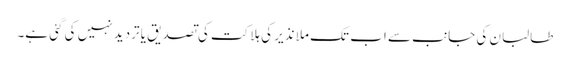
طالبان کی جانب سے اب تک ملا نذیر کی ہلاکت کی تصدیق یا تردید نہیں کی گئی ہے۔